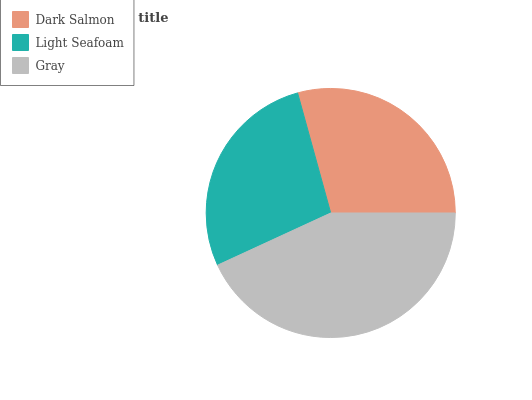
| Dark Salmon | Light Seafoam | Gray |
 | --- | --- | --- |
 | 29.3% | 27.5% | 43.2% |